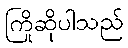
ကြိုဆိုပါသည်